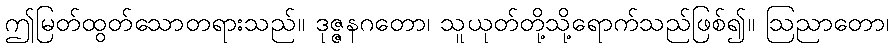
ဤမြတ်ထွတ်သောတရားသည်။ ဒုဇ္ဇနဂတော၊ သူယုတ်တို့သို့ရောက်သည်ဖြစ်၍။ ဩညာတော၊